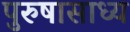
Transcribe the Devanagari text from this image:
पुरुषासाध्य